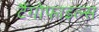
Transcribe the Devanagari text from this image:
टैंगोफाइल्स